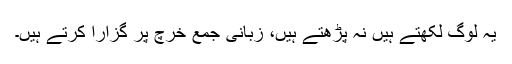
یہ لوگ لکھتے ہیں نہ پڑھتے ہیں، زبانی جمع خرچ پر گزارا کرتے ہیں۔